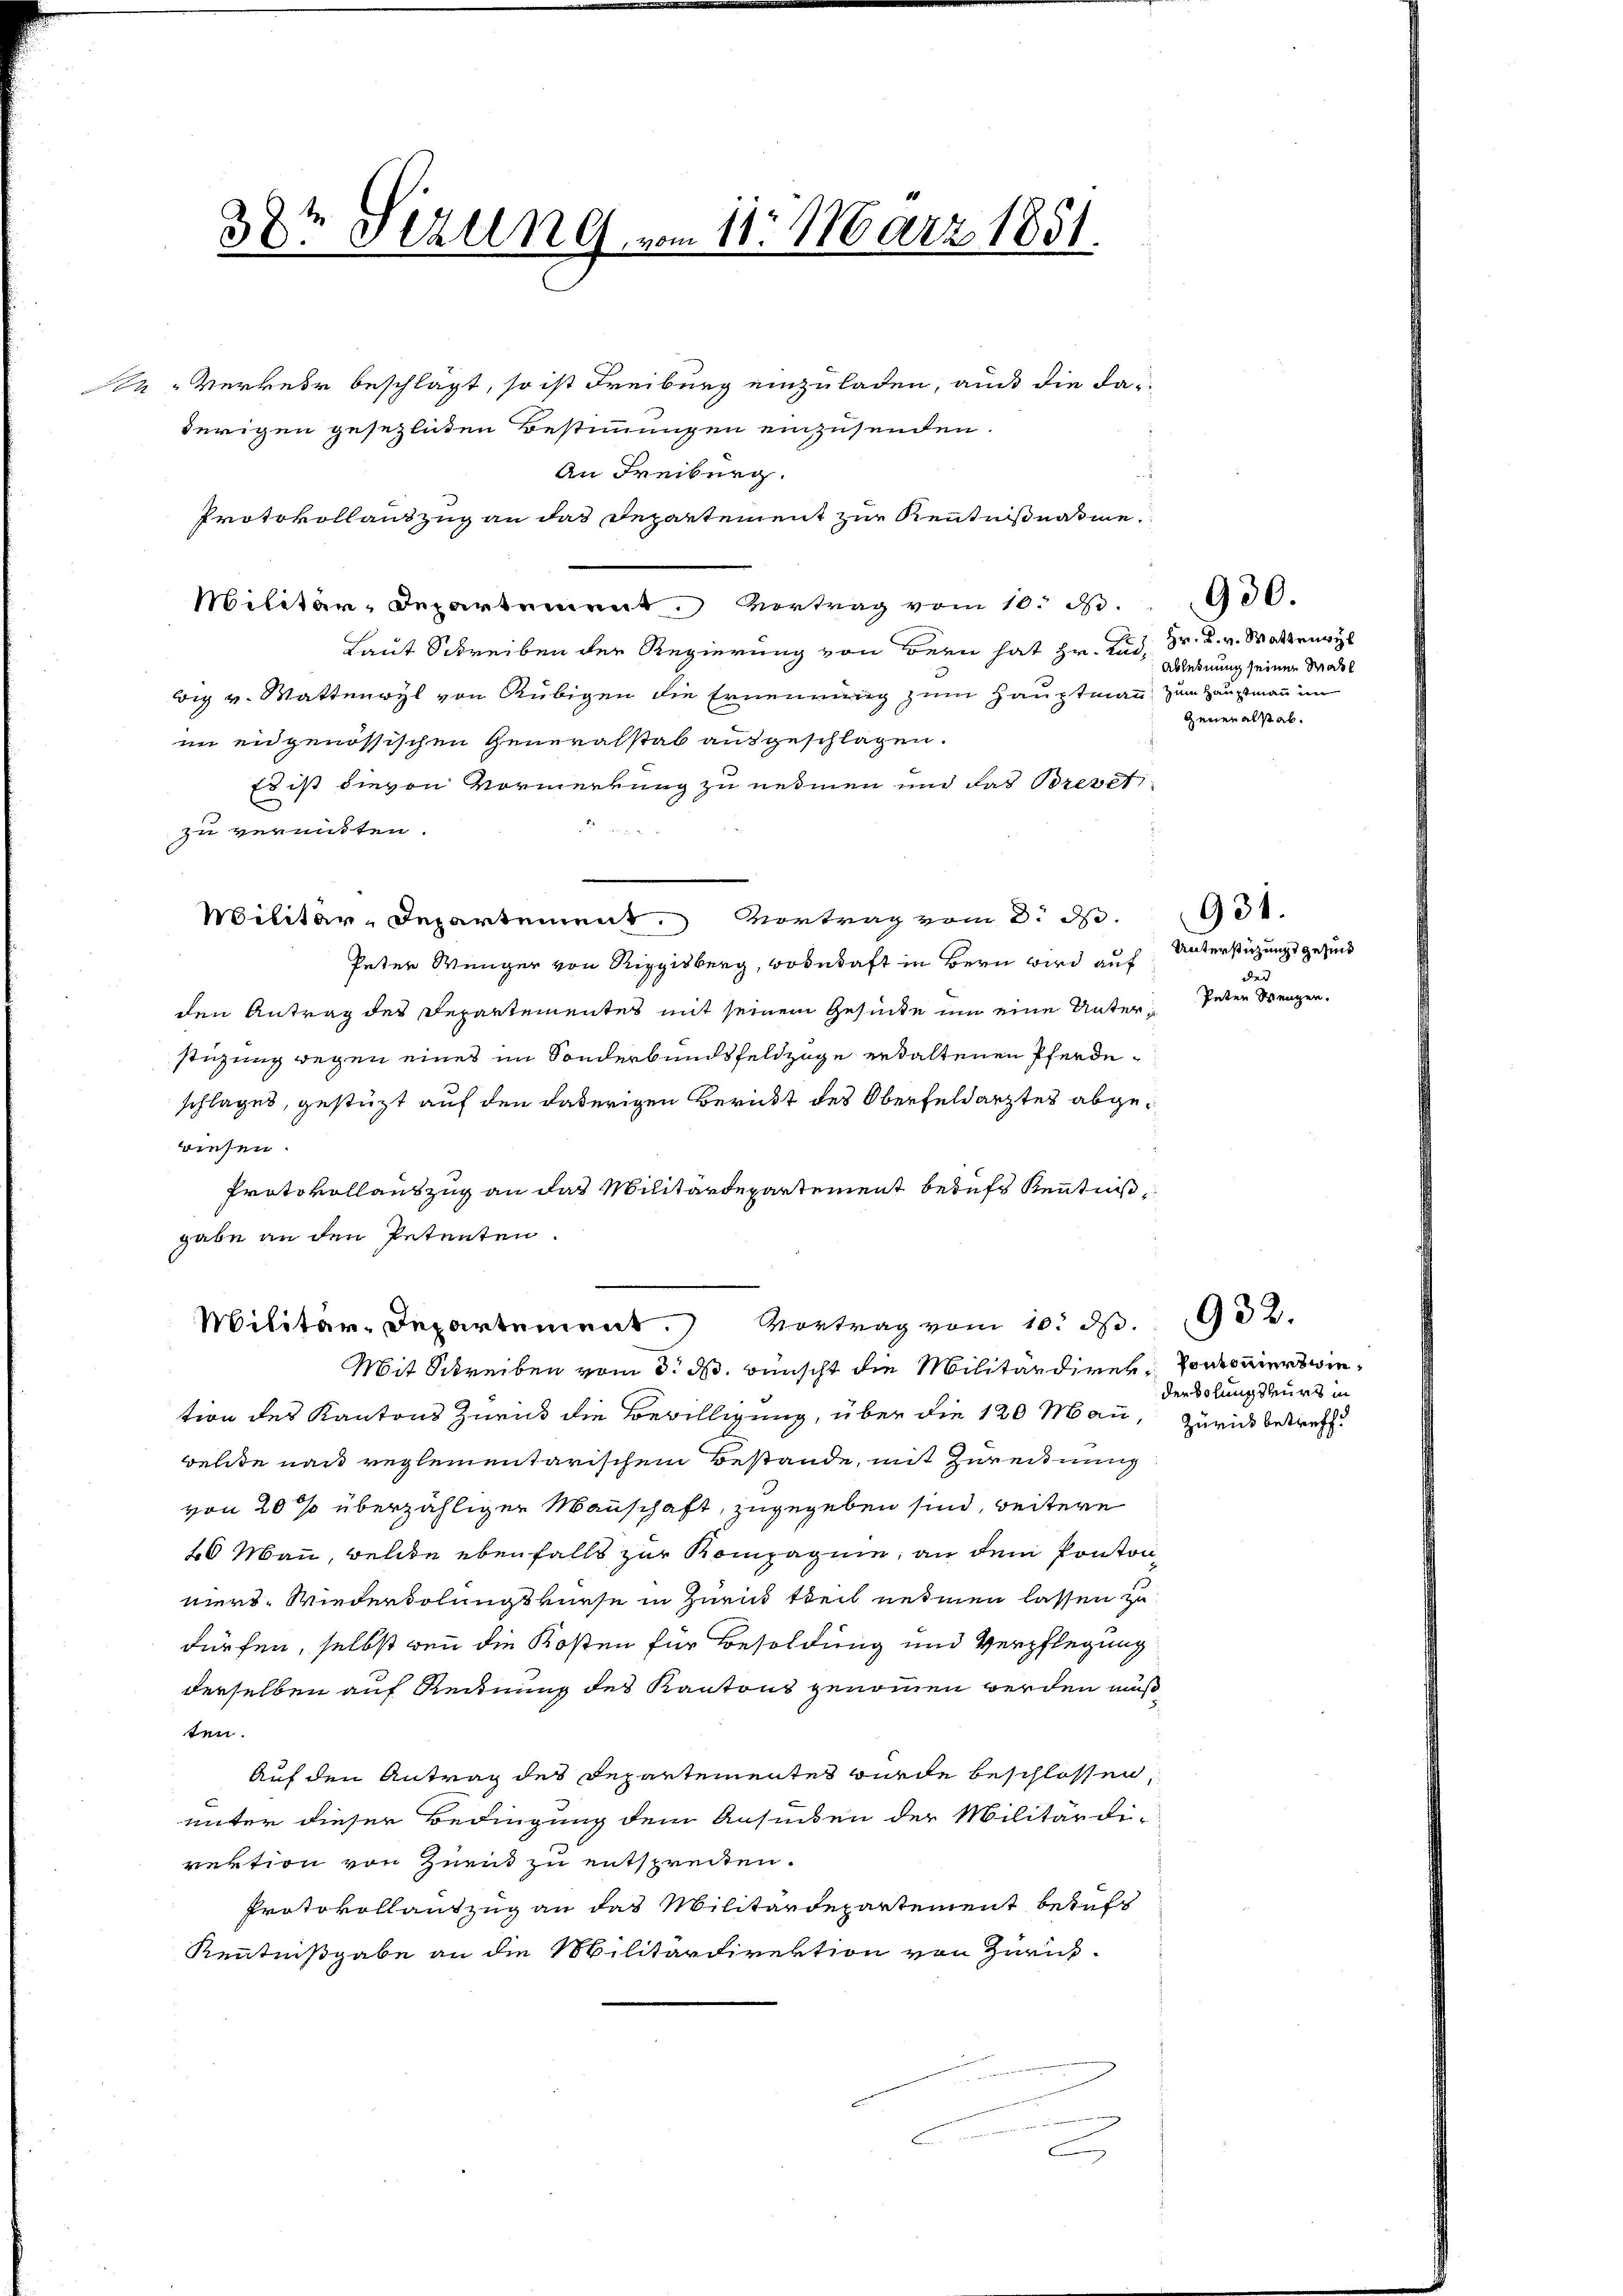
38t Sizung, vom 11. März 1851.

tion des Kantons Zurück die Bewilligung, über die 120 Mann, zurück betreff
welte nach reglementarischem Bestände, mit Zurechnung
von 20 % überzähligen Manschaft, zugegeben sind, weitere
20 Mann, welche ebenfalls zur Kompagnie, an dem Ponton
niers. Wiederholungskurse in Zurück theil nehmen lassen zu
dürfen, selbst wenn die Kosten für Besoldung und Verpflegung
derselben auf Rechnung des Kantons genommen werden muß,
ten.
Auf den Antrag des Departementes wurde beschlossen,
unter dieser Bedingung dem Ansuchen der Militärdi-
rektion von Zuend zu entspreiten.
Protokollantzug an das Militärdepartement beruf
Kenntnißgabe an die Militärdirektion von Zurück-
2

Militär-Departement. Vortrag vom 10. d. 1902.
Mit Schreiben vom 3. ds. wünscht die Militärdiren, vorkommerwie¬

in Verkehr beschlägt, so ist Freiburg einzuladen, auch die dadürigen gesezlichen Bestimmungen einzusenden
An Freiburg.
Protokollauszug an das Departement zur Kenntnißnahme
Militär-Departement. Vortrag vom 10. S. 900.
Laut Schreiben der Regierung von Bern hat Hr. Rad, Dr. K. v. Waltenwyl
big v. Wattenwyl von Rubigen die Ernennung zum Hauptmann, zum Hauptmann im
im eidgenössischen Generalstab ausgeschlagen.
Es ist dievon Vormerkung zu nehmen und das Breveti
zu vermitten.
Militar-Departement. Vortrag vom 8. d.
Peter Wenger von Riggisberg, wobehaft in Bern wird auf
den Antrag des Departementes mit seinem Gesunde um eine Unterstüzung wegen eines im Sonderbundsfeldzüge erhaltenen Pferdeschlages, gestützt auf den daherigen Bericht des Oberfeldarztes abgewiesen.
Protokollauszug an das Militärdepartement berufs Kenntniß
gabe an den Petenten.

Ablehnung seinen Mahl
Generalstab.

Unterstüzungsgesund
der
Peten Wengen.

931.

der Solungskurs in